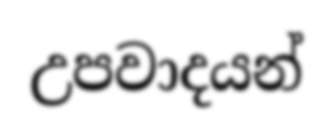
උපවාදයන්